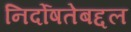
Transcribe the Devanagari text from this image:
निर्दोषतेबद्दल